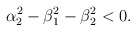
\begin{align*}\alpha_{2}^{2}-\beta_{1}^{2}-\beta_{2}^{2}<0.\end{align*}